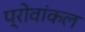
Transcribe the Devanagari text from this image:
प्रोवांकल